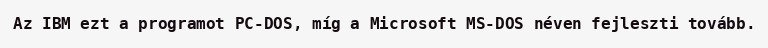
Az IBM ezt a programot PC-DOS, míg a Microsoft MS-DOS néven fejleszti tovább.